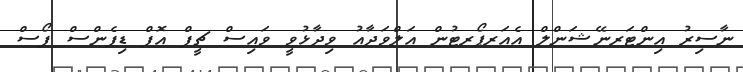
ނާސިރު އިންޓަރނޭޝަންލް އެއަރޕޯރޓުން އަލްވަދާއު ވިދާޅުވީ ވައިސް ޗީފް އޮފް ޑިފެންސް ފޯސް